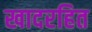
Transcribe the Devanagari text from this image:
खादरहित